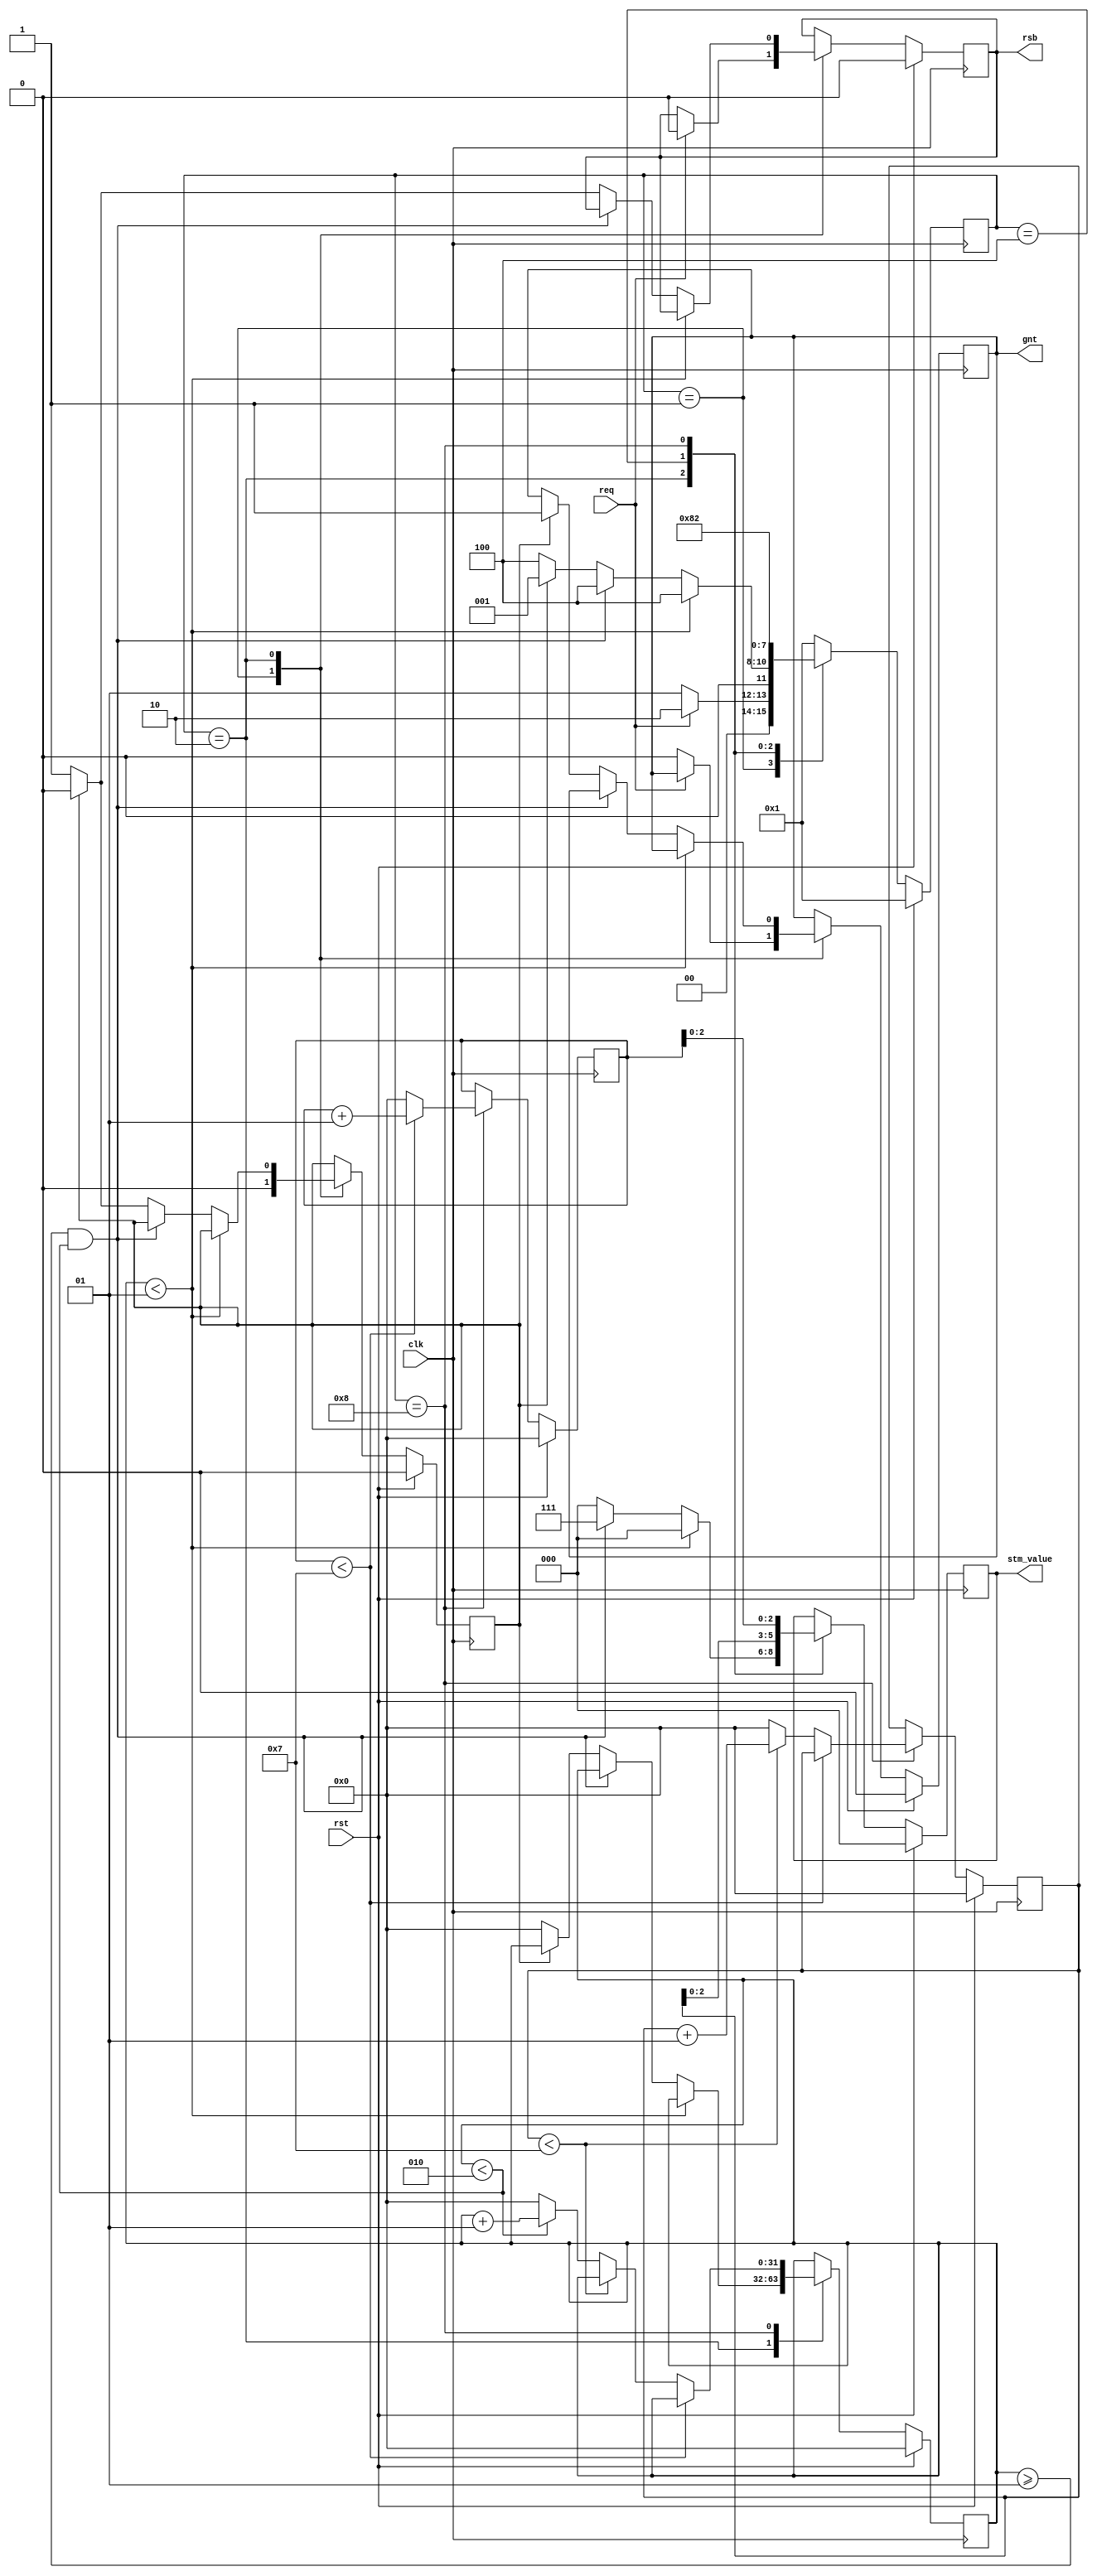
module signal_gen(clk, rst, req, stm_value, rsb, gnt);

	parameter INPUT_PORTS = 3;
	parameter RESET_PORT = 1; // 0: no reset, 1: has reset
	parameter RESET_SENS = 0; // 0: Active Low, 1: Active High
	
	parameter integer CNT_MAX =  	(INPUT_PORTS == 1) ? 2 :
									((INPUT_PORTS == 2) ? 4 :
									((INPUT_PORTS == 3) ? 8 :
									((INPUT_PORTS == 4) ? 16 :
									((INPUT_PORTS == 5) ? 32 :
									0))));

	input clk;
	input rst;
	input req;
	
	output [INPUT_PORTS-1: 0] stm_value; 
	output rsb;
	output gnt;

	parameter PREV_HALF = 1;
	parameter PREV_MAX = 2;
	
	// for state-machine
	parameter SIZE = 4;
	parameter IDLE = 4'b0001;
	parameter PREV = 4'b0010;
	parameter CURR = 4'b0100;
	parameter NEXT = 4'b1000;

	wire [INPUT_PORTS-1: 0] stm_value; 
	wire rsb;
	reg [INPUT_PORTS-1: 0] symb_value;
	reg rsb_int;
	reg gnt;
	reg	[SIZE-1:0] state;
	
	// Internal Signals
	integer prev_cnt;
	integer curr_cnt;
	integer next_cnt;
	reg rst_invert;
	
	assign stm_value = symb_value;
	assign rsb = rsb_int;

	always@(posedge clk)
	begin: FSM
		if(rst) begin
			state <= #1 IDLE;
			prev_cnt <= 0;
			curr_cnt <= 0;
			next_cnt <= 0;
			symb_value <= 0;
			gnt <= 1'b0;
			if((RESET_PORT == 1) && (RESET_SENS == 0)) begin
				rsb_int <= 1'b0;
			end
			else begin
				rsb_int <= 1'b1;
			end
			rst_invert <= 1'b0;
		end 
		else begin
			case(state)
				IDLE : 
				begin
					rst_invert <= 1'b0;
					if (req == 1'b1) begin
						if((RESET_PORT == 1) && (RESET_SENS == 0)) begin
							rsb_int <= 1'b0;
						end
						else begin
							rsb_int <= 1'b1;
						end
						state <= #1 PREV;
					end 
					else begin
						gnt <= 1'b0;
						state <= #1 IDLE;
					end
				end
				PREV : 
					if (prev_cnt < (PREV_HALF)) begin
						symb_value <= {INPUT_PORTS{1'b0}}; // All '0' input - NULL
						state <= #1 CURR;
					end 
					else if((prev_cnt >= (PREV_HALF)) && (prev_cnt < PREV_MAX)) begin
						symb_value <= {INPUT_PORTS{1'b1}}; // All '1' input - DATA
						state <= #1 CURR;
					end
					else begin
						symb_value <= {INPUT_PORTS{1'b0}};
						if((RESET_PORT == 1) && (RESET_SENS == 0)) begin
							if(rst_invert == 1'b0) begin
								rsb_int <= 1'b1;
								rst_invert <= 1'b1;
								prev_cnt <= 0; // Init
								state <= #1 CURR;
							end
							else begin
								rsb_int <= 1'b0;
								rst_invert <= 1'b0;
								gnt <= 1'b1;
								state <= #1 IDLE;
							end
						end
						else if((RESET_PORT == 1) && (RESET_SENS == 1)) begin
							if(rst_invert == 1'b0) begin
								rsb_int <= 1'b0;
								rst_invert <= 1'b1;
								prev_cnt <= 0; // Init
								state <= #1 CURR;
							end
							else begin
								rsb_int <= 1'b1;
								rst_invert <= 1'b0;
								gnt <= 1'b1;
								state <= #1 IDLE;
							end
						end
						else begin
							rsb_int <= 1'b0;
							gnt <= 1'b1;
							state <= #1 IDLE; // finish signal generation
						end
					end
				CURR : 
					if (curr_cnt < (CNT_MAX-1)) begin
						symb_value <= curr_cnt;
						state <= #1 NEXT;
					end 
					else begin
						symb_value <= curr_cnt;
						state <= #1 NEXT;
					end
				NEXT : 
					if (next_cnt < (CNT_MAX-1)) begin
						symb_value <= next_cnt;
						next_cnt <= next_cnt + 1;
						state <= #1 PREV;
					end 
					else begin
						symb_value <= next_cnt;
						next_cnt <= 0; // Init
						if (curr_cnt < (CNT_MAX-1)) begin
							curr_cnt <= curr_cnt + 1;
						end
						else begin
							curr_cnt <= 0; // Init
							if(prev_cnt < PREV_MAX) begin
								prev_cnt <= prev_cnt + 1;
							end
							else begin
								prev_cnt <= 0; // Init
							end
						end
						state <= #1 PREV;
					end
				default : state <= #1 IDLE;
			endcase
		end
	end

endmodule